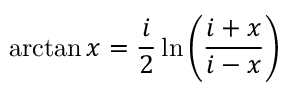
\arctan x = { \frac { i } { 2 } } \ln \left( { \frac { i + x } { i - x } } \right)